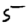
Digit: 5